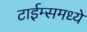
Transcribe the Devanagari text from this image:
टाईम्समध्ये